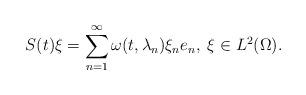
LaTeX: \begin{align*}S(t)\xi = \sum_{n=1}^\infty \omega(t,\lambda_n)\xi_n e_n ,\; \xi\in L^2(\Omega).\end{align*}